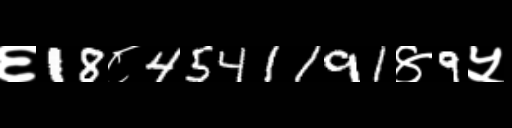
Text: ६18८4541191४9५